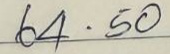
64 . 50